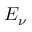
E _ { \nu }